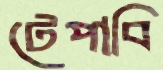
টেপাবি